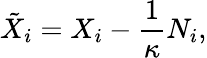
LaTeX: \tilde{X}_{i}=X_{i}-\frac 1\kappa N_{i},